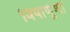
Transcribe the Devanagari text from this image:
विषाणूंशी